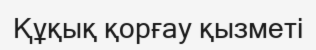
Құқық қорғау қызметі